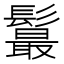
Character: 𩯉